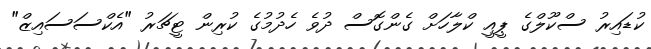
ކުޑައިރު ސްކޫލްގެ ޕީއީ ކްލާހަށް ގެންގޮސް ދުވެ ހެދުމުގެ ކުރިން ޓީޗަރު "އެކްސަސައިޒް"